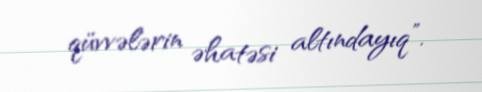
qüvvələrin əhatəsi altındayıq”.